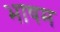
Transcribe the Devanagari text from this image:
भाषम